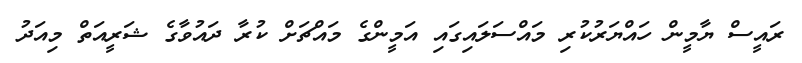
ރައީސް ޔާމީން ހައްޔަރުކުރި މައްސަލައިގައި އަމީންގެ މައްޗަށް ކުރާ ދައުވާގެ ޝަރީއަތް މިއަދު